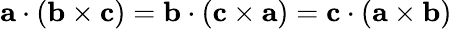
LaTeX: \mathbf{a}\cdot(\mathbf{b}\times\mathbf{c})=\mathbf{b}\cdot(\mathbf{c}\times\mathbf{a})=\mathbf{c}\cdot(\mathbf{a}\times\mathbf{b})